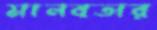
মানবতার